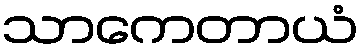
သာကေတာယံ